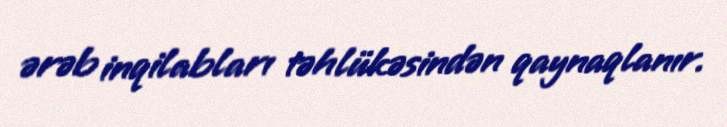
ərəb inqilabları təhlükəsindən qaynaqlanır.